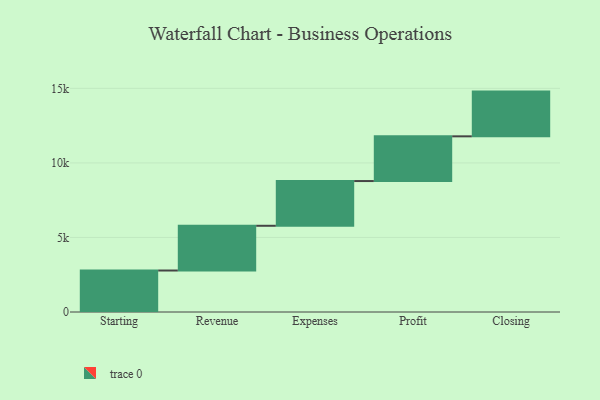
{"axis": {"x": "Step", "y": "Value"}, "legend": [""], "data": [{"x": "Starting", "y": 2783.0, "type": ""}, {"x": "Revenue", "y": 3000, "type": ""}, {"x": "Expenses", "y": 3000, "type": ""}, {"x": "Profit", "y": 3000, "type": ""}, {"x": "Closing", "y": 3000, "type": ""}]}